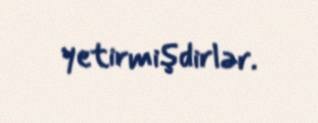
yetirmişdirlər.